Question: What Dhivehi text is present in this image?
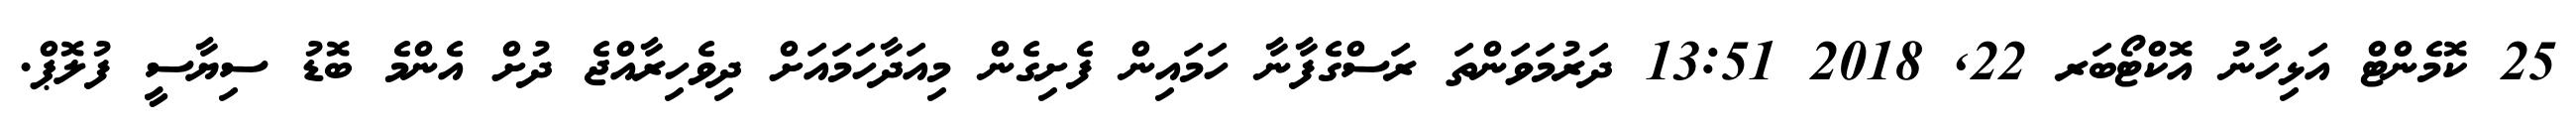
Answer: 25 ކޮމެންޓް އަޅިހާނު އޮކްޓޯބަރ 22, 2018 13:51 ދަރުމަވަންތަ ރަސްގެފާނާ ހަމައިން ފެށިގެން މިއަދާހަމައަށް ދިވެހިރާއްޖެ ދުށް އެންމެ ބޮޑު ސިޔާސީ ފުލޮޕް.